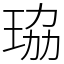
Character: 珕